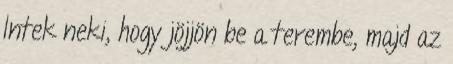
Intek neki, hogy jöjjön be a terembe, majd az